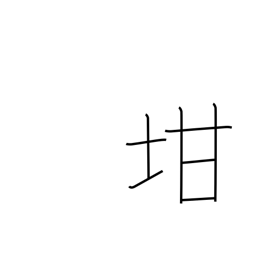
Meaning: pot